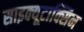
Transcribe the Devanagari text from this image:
साइक्यूटाक्सिन